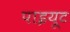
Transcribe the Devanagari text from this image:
पाइयूट